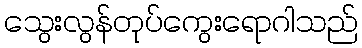
သွေးလွန်တုပ်ကွေးရောဂါသည်